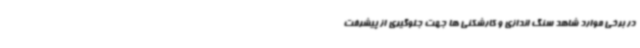
در برخی موارد شاهد سنگ اندازی و کارشکنی ها جهت جلوگیری از پیشرفت